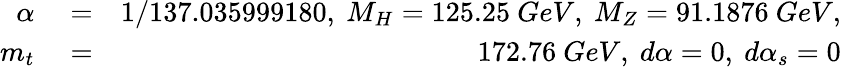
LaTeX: \begin{array}{rlr}{\alpha}&{{}=}&{1/137.035999180,\ M_{H}=125.25\ GeV,\ M_{Z}=91.1876\ GeV,}\\ {m_{t}}&{{}=}&{172.76\ GeV,\ d\alpha=0,\ d\alpha_{s}=0}\end{array}